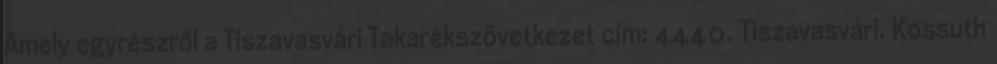
Amely egyrészről a Tiszavasvári Takarékszövetkezet cím: 4440. Tiszavasvári, Kossuth